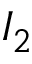
I _ { 2 }